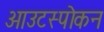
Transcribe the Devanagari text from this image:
आउटस्पोकन